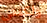
ولكننى